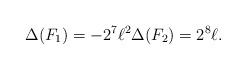
LaTeX: \begin{align*} \Delta(F_1) = -2^7 \ell^2 \Delta(F_2) = 2^8 \ell.\end{align*}